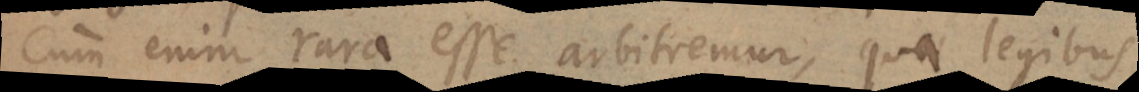
Cum enim rara esse arbitremur, quae legibus